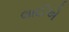
લાઈએ